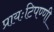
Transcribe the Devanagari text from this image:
प्रायःटिपण्णी